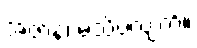
အဇာနံ၊ မသိပဲလျက်။